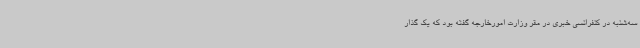
سه‌شنبه در کنفرانسی خبری در مقر وزارت امورخارجه گفته بود که یک گذار